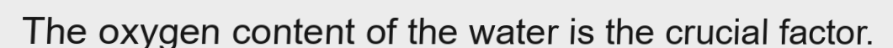
The oxygen content of the water is the crucial factor.